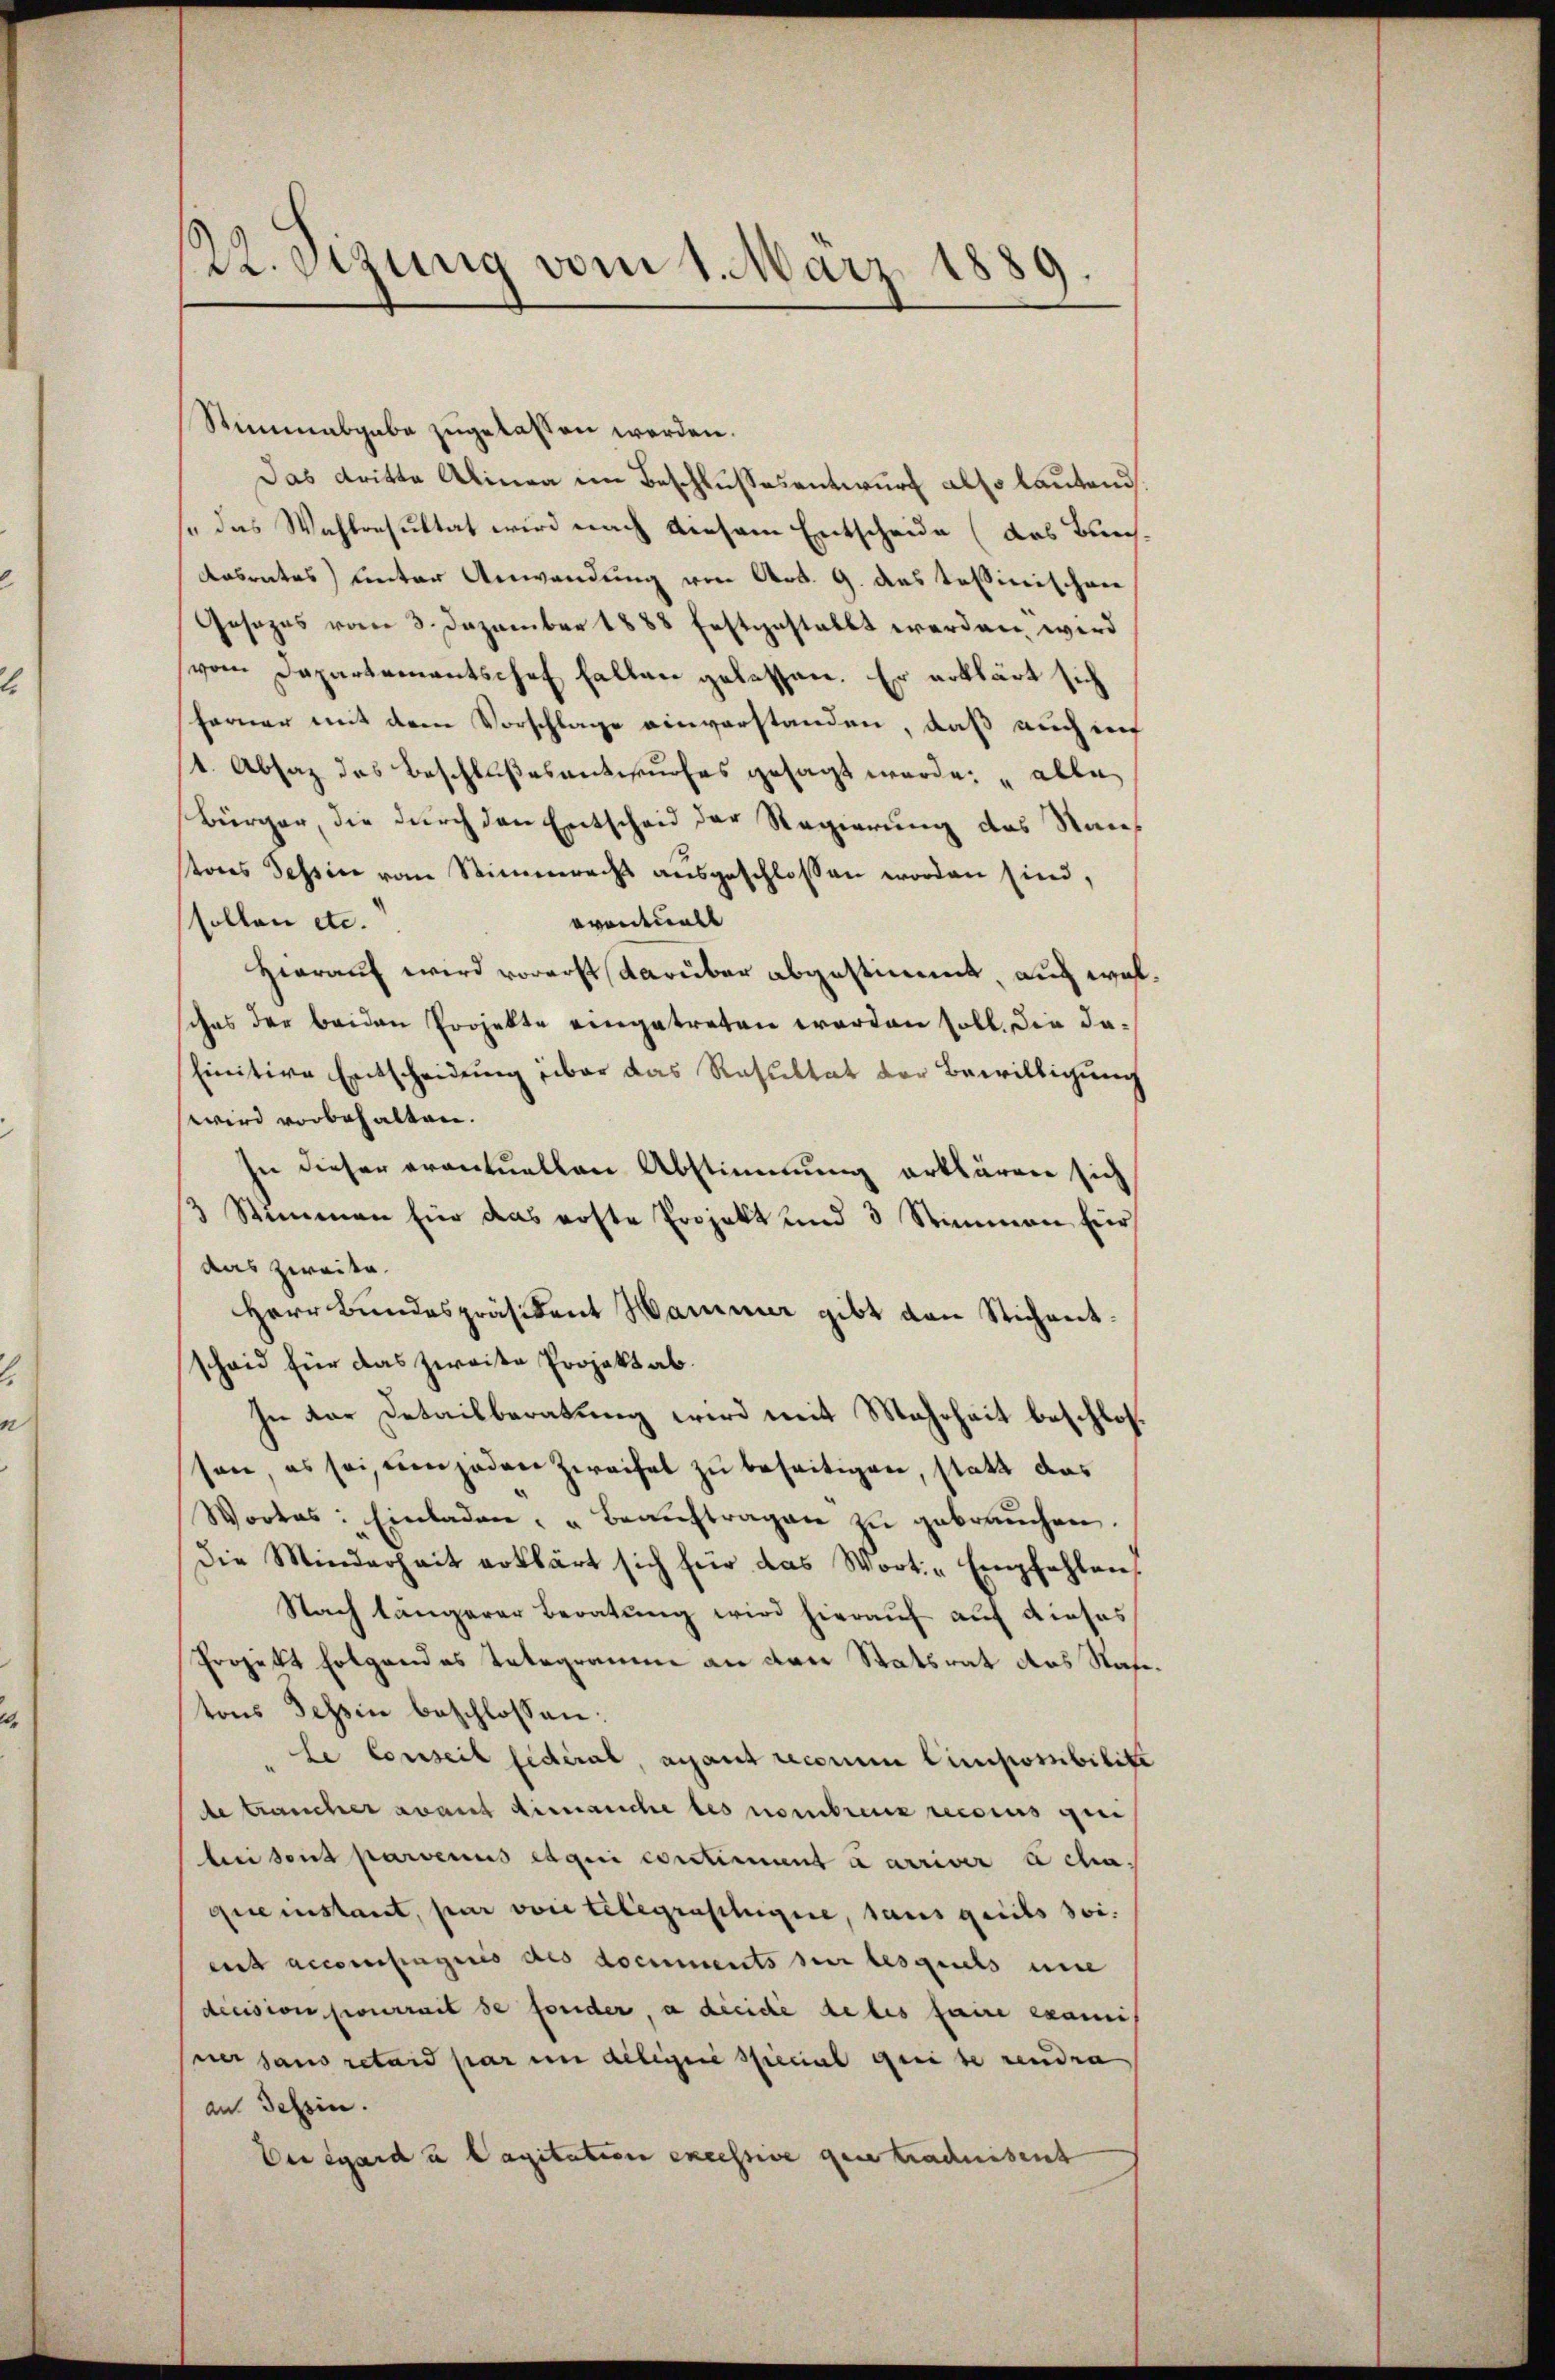
22. Jung vom 1. März 1889.

Stimmabgabe zugelassen werden.
Das dritte Alinea im Beschlussesentwurf also lautend
se das Wahlresultat wird nach diesem Entscheide (das Burch¬
Aasrates) unter Anwendung von Art. 9. das Teßinischen
Gesezes vom 3. Dezember 1888 festgestellt werden wird
vom Departementschof fallen gelassen. Er erklärt sich
ferner mit dem Vorschlage einverstanden, daß auch i
st. Absaz das Beschlußesentwurfes gesagt werde: „alle
Bürger, die durch den Entscheid der Regierung des Staatores Tessin vom Stimmrecht ausgeschlossen worden sind,
eventuell
sollen etc.
Hierauf wird vorerst darüber abgestimmt, auch wolches der beiden Projekte eingetreten worden soll. Die dafinitive Entscheidung über das Resultat der Bewilligung
wird vorbehalten.
In dieser eventuellen Abstimmung erklären sich
3 Stimmen hier das erste Projekt und 3 Stimmen für
das zweite.
Herr Bundespräsident Hammer gibt den Stichentscheid für das Zweite Projekt ab.
In der Detailberatung wird mit Mehrheit beschlossen, es sei, um jeden Zweifel zu beseitigen, statt das
Wortes: Einladen, "Beaŭftragen zu gebrauchen.
die Minderheit erklärt sich für das Wort-Empfehlen,
Nach längerer Beratung wird hierauf auf dieses
Projekt Folgendes Telegramm an der Statsrat das Nasetons Tessin beschlossen:
le Conseil fédéral, ayant recorum Cimpossibilite
de traucher avant dimanche des nombreuz reccius gen
bei sont parvenus et qui constimment a arriver à cha
quemstant, par voie telegraflugere, sans gereits seient accompagnis des documents sur lesquels eine
decision pourrait se fonder, a dieide de les faire exami
ner sans retard par in deligene special geeise rendra
an Tessin.
Dei egard u Capitation excessive gene trachnident